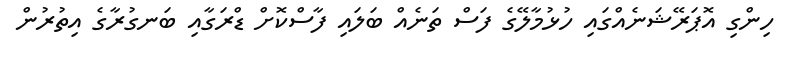
ހިންގި އޮޕަރޭޝަނެއްގައި ހުޅުމާލޭގެ ފަސް ތަނެއް ބަލައި ފާސްކޮށް ޑްރަގާއި ބަނގުރާގެ އިތުރުން